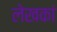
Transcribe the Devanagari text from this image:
लेखकां